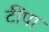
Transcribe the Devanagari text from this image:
टींपा